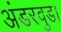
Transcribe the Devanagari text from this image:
अंडरवुड।